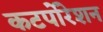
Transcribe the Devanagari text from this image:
कटर्पोरेशन